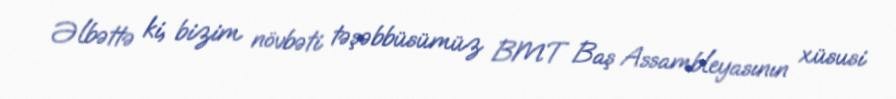
Əlbəttə ki, bizim növbəti təşəbbüsümüz BMT Baş Assambleyasının xüsusi